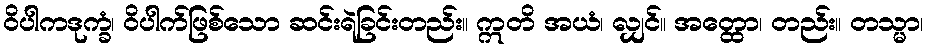
ဝိပါကဒုက္ခံ၊ ဝိပါက်ဖြစ်သော ဆင်းရဲခြင်းတည်း။ ဣတိ အယံ၊ လျှင်။ အတ္ထော၊ တည်း။ တသ္မာ၊